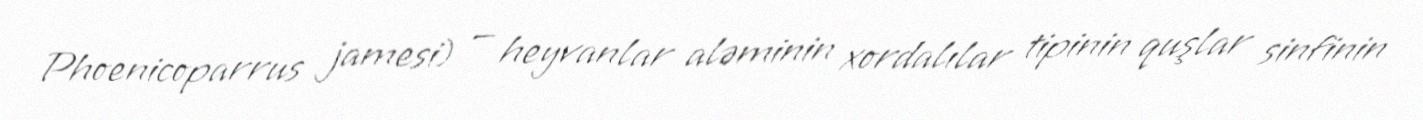
Phoenicoparrus jamesi) — heyvanlar aləminin xordalılar tipinin quşlar sinfinin